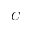
C